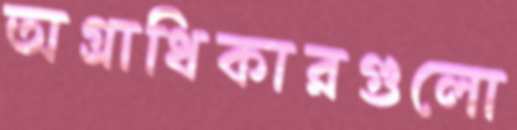
অগ্রাধিকারগুলো